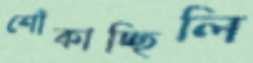
শোঁকাচ্ছিলি